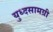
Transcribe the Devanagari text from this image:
युध्दसामग्री